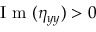
\mathrm { ~ I ~ m ~ } ( \eta _ { y y } ) > 0